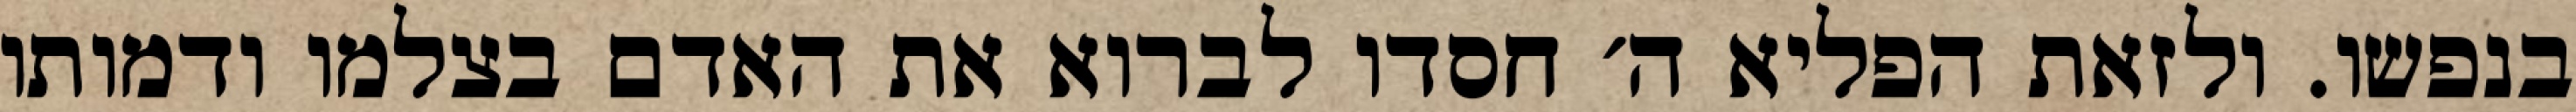
בנפשו. ולזאת הפליא ה׳ חסדו לברוא את האדם בצלמו ודמותו